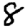
Digit: 8